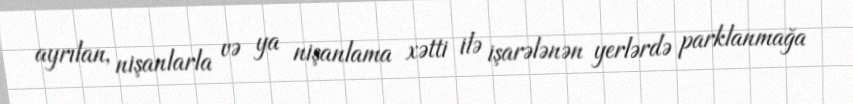
ayrılan, nişanlarla və ya nişanlama xətti ilə işarələnən yerlərdə parklanmağa